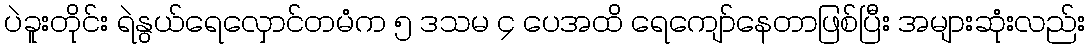
ပဲခူးတိုင်း ရဲနွယ်ရေလှောင်တမံက ၅ ဒသမ ၄ ပေအထိ ရေကျော်နေတာဖြစ်ပြီး အများဆုံးလည်း